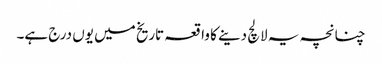
چنانچہ یہ لالچ دینے کا واقعہ تاریخ میں یوں درج ہے۔